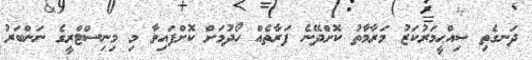
ދަނގެތި ޞިއްޙީމަރުކަޒު މަރާމާތު ކޮށްދޭނެ ފަރާތެއް ހޯދުމަށް ކޮށްފައިވާ މި މިނިސްޓްރީގެ ނަންބަރު